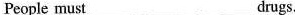
People must___ ___ ___drugs。